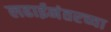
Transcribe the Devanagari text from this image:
लढाईनंतरच्या